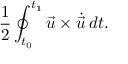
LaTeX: { \frac { 1 } { 2 } } \oint _ { t _ { 0 } } ^ { t _ { 1 } } { \vec { u } } \times { \dot { \vec { u } } } \, d t .